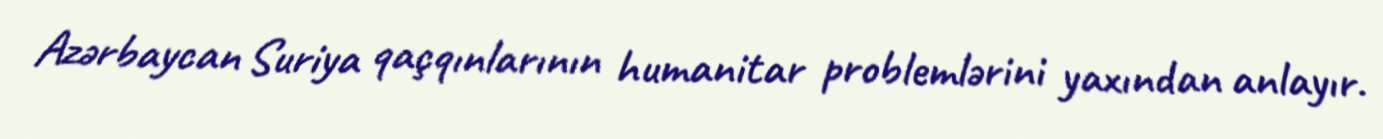
Azərbaycan Suriya qaçqınlarının humanitar problemlərini yaxından anlayır.